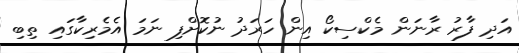
އަދި ފާރު ރާނަން މެކްސިކޯ އިން ހަރަދު ނުކޮށްފި ނަމަ އެމެރިކާގައި ތިބި